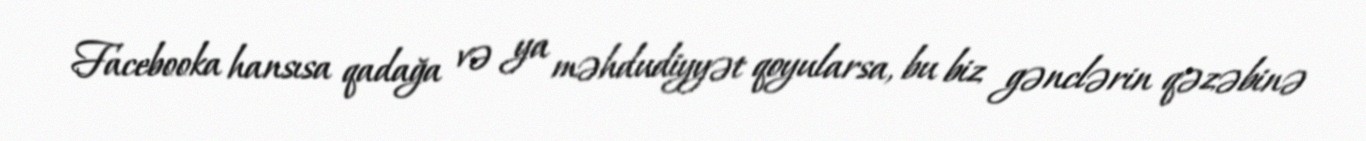
Facebooka hansısa qadağa və ya məhdudiyyət qoyularsa, bu biz gənclərin qəzəbinə